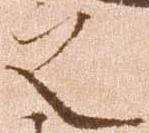
之